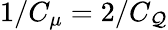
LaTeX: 1/C_{\mu}=2/C_{\mathcal{Q}}